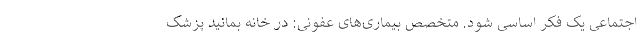
اجتماعی یک فکر اساسی شود. متخصص بیماری‌های عفونی: در خانه بمانید پزشک